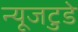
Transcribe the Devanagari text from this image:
न्यूजटुडे